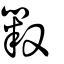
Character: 毇